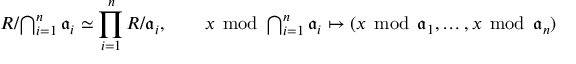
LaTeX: R / { \textstyle \bigcap _ { i = 1 } ^ { n } { { \mathfrak { a } } _ { i } } } \simeq \prod _ { i = 1 } ^ { n } { R / { \mathfrak { a } } _ { i } } , \qquad x \; \operatorname { m o d } \; { \textstyle \bigcap _ { i = 1 } ^ { n } { { \mathfrak { a } } _ { i } } } \mapsto ( x \; \operatorname { m o d } \; { \mathfrak { a } } _ { 1 } , \ldots , x \; \operatorname { m o d } \; { \mathfrak { a } } _ { n } )